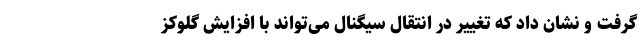
گرفت و نشان داد که تغییر در انتقال سیگنال می‌تواند با افزایش گلوکز